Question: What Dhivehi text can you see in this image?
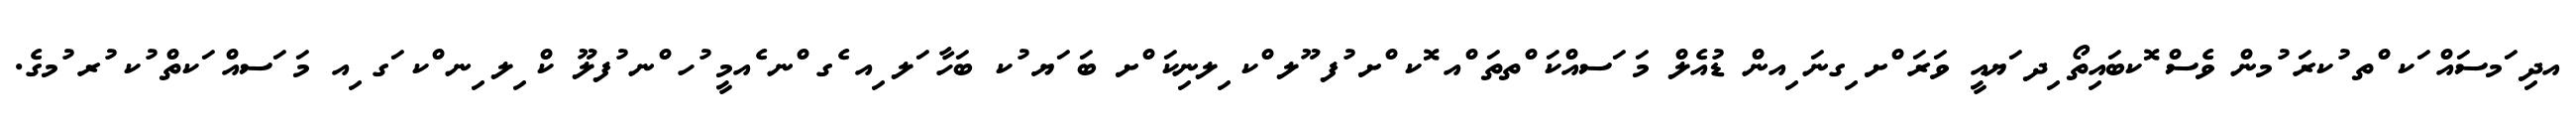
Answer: އދި ަމސައް ަކ ްތ ުކރަ ުމން ވެސް ޮކބައިތޯ ިދ ަޔއީ ވަރަ ްށ ިގނަ ިއން ޑުއެލް މަ ަސއްކަ ްތތަ ްއ ޮކ ްށ ުފ ޫލ ްކ ިލނިކަ ްށ ބަ ަޔ ުކ ބަހާ ަލ ިއ ެގ ްނ ެއމީ ުހ ްނ ުފލޫ ކް ިލ ިނ ްކ ަގ ިއ މަ ަސއް ަކތް ުކ ުރ ުމގެ.